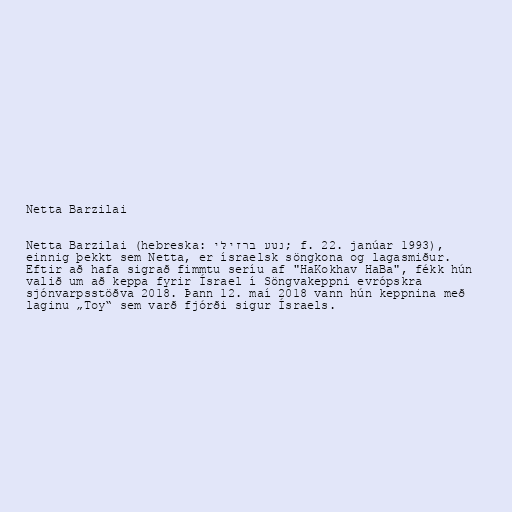
Netta Barzilai

Netta Barzilai (hebreska: נטע ברזילי; f. 22. janúar 1993),
einnig þekkt sem Netta, er ísraelsk söngkona og lagasmiður.
Eftir að hafa sigrað fimmtu seríu af "HaKokhav HaBa", fékk hún
valið um að keppa fyrir Ísrael í Söngvakeppni evrópskra
sjónvarpsstöðva 2018. Þann 12. maí 2018 vann hún keppnina með
laginu „Toy“ sem varð fjórði sigur Ísraels.